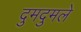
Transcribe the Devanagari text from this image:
दुमदुमले